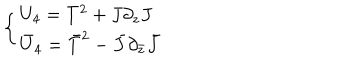
\left\{ \begin{array} { l } { { U _ { 4 } = T ^ { 2 } + J \partial _ { z } J } } \\ { { \bar { U } _ { 4 } = \bar { T } ^ { 2 } - \bar { J } \partial _ { \bar { z } } \bar { J } } } \\ \end{array} \right.